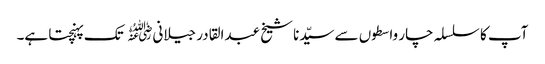
آپ کا سلسلہ چار واسطوں سے سیّدنا شیخ عبدالقادر جیلانی﷜ تک پہنچتا ہے۔